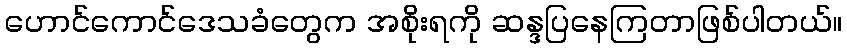
ဟောင်ကောင်ဒေသခံတွေက အစိုးရကို ဆန္ဒပြနေကြတာဖြစ်ပါတယ်။